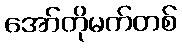
အော်တိုမက်တစ်